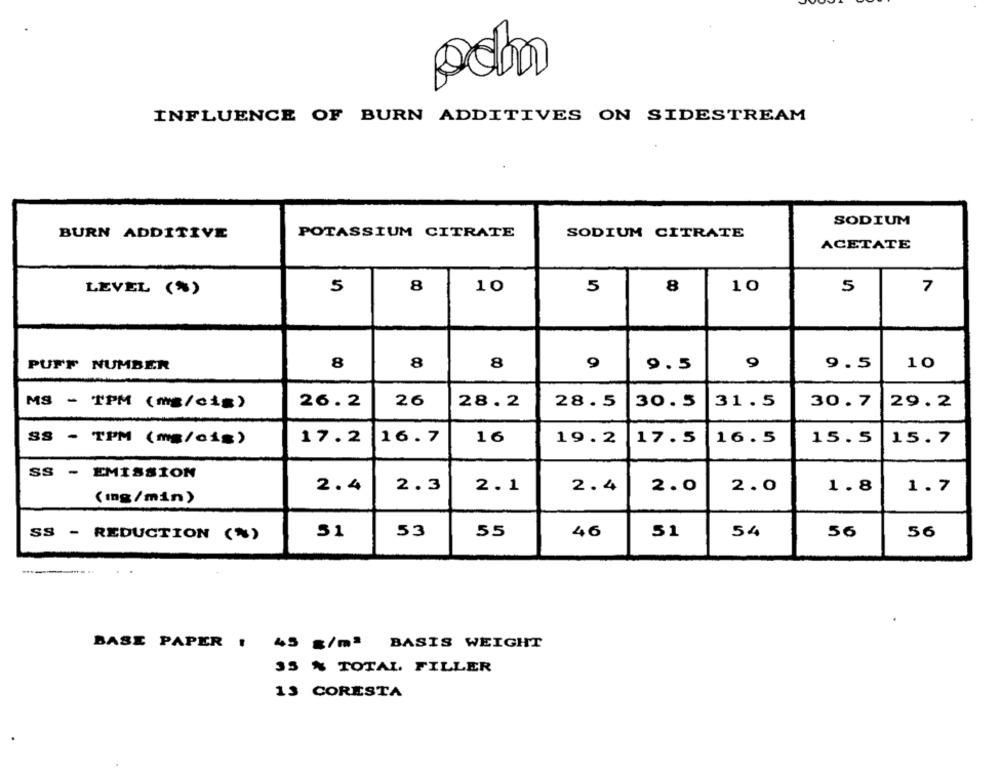
pom
INFLUENCE OF BURN ADDITIVES ON SIDESTREAM
SODIUM
BURN ADDITIVE
POTASSIUM CITRATE
SODIUM CITRATE
ACETATE
8
10
10
LEVEL (%)
5
5
8
5
7
8
8
8
9.5
10
PUFF NUMBER
9.5
26.2
26
28.2
28.5
30.5
30.7
29.2
MS - TPM (mg/cis)
31.5
SS - TPM (mg/cig)
17.2
16.7
16
19.2
17.5
16.5
15.5
15.7
SS - EMISSION
2.4
2.3
2.1
2.4
2.0
2.0
1.8
1.7
(mng/min)
51
53
55
46
51
54
56
56
SS - REDUCTION (*)
BASE PAPER !
45 g/mª BASIS WEIGHT
35 % TOTAL FILLER
13 CORESTA